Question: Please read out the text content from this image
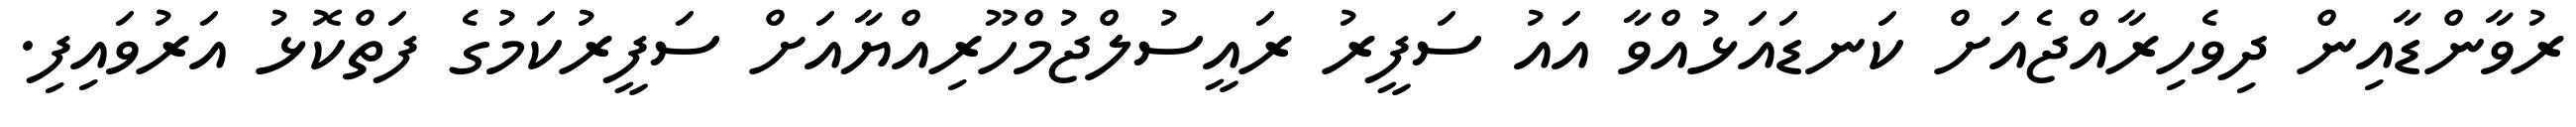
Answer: ރުވާންޑާއިން ދިވެހިރާއްޖެއަށް ކަނޑައަޅުއްވާ އައު ސަފީރު ރައީސުލްޖުމްހޫރިއްޔާއަށް ސަފީރުކަމުގެ ފަތްކޮޅު އަރުވައިފި.